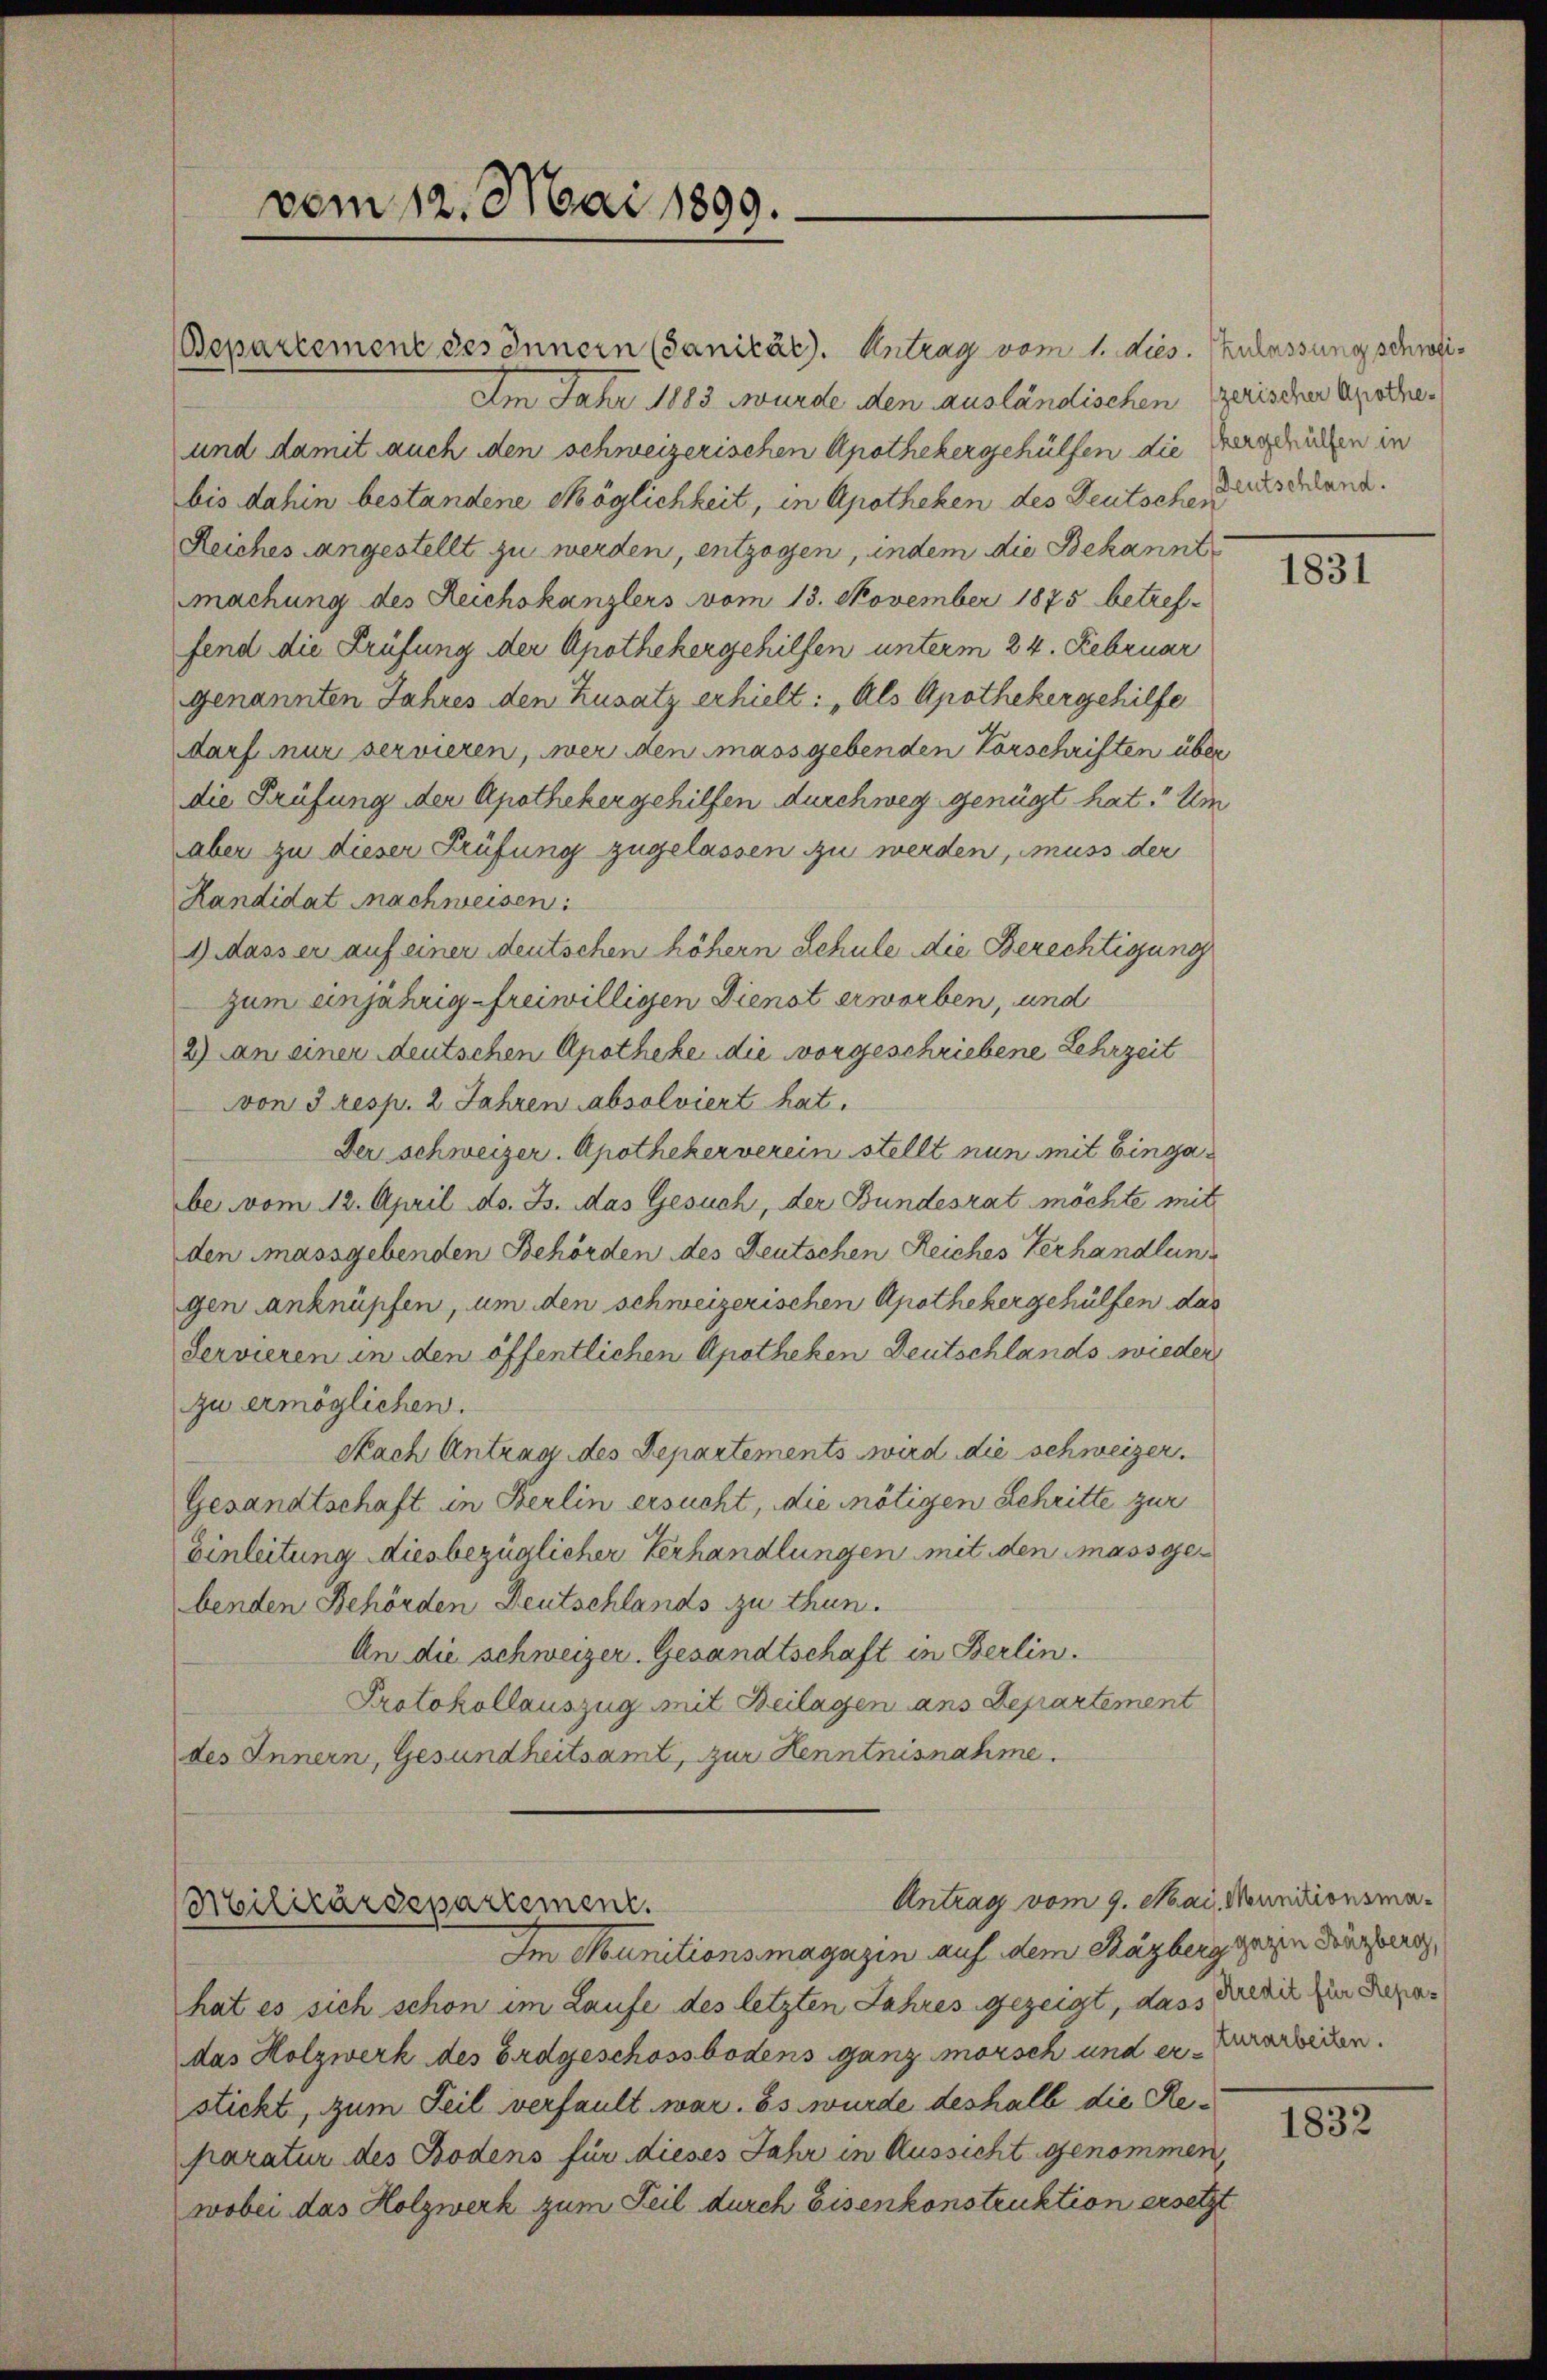
vom 12. Mai 1890.

Antrag vom 9. Mai, Munitionsma¬
Militärdepartement.

Bepartement des Innern (Sanität. Antrag vom 1. dies. zulassung schwei¬
Am Jahr 1883 wurde den ausländischen zerischer Apothe¬
und damit auch den schweizerischen Apothekergehülfen die Vergerücken in
bis dahin bestandene Möglichkeit, in Apotheken des Deutschen
Reiches angestellt zu werden, entzogen, indem die Bekannt
machung des Reichskanzlers vom 13. November 1875 betref-
fend die Prüfung der Apothekergehilfen unterm 24. Februar
genannten Jahres den Zusatz erhielt: „Als Apothekergehilfe
darf nur servieren, wer den massgebenden Vorschriften über
die Prüfung der Apothekergehilfen durchweg genügt hat. Um
aber zu dieser Prüfung zugelassen zu werden, muss der
Kandidat nachweisen:
1 Masser auf einer deutschen höhern Schule die Berechtigung
zum einjährig freiwilligen Dienst erworben, und
2) An einer deutschen Apotheke die vorgeschriebene Lehrzeit
von 3 resp. 2 Jahren absolviert hat.
Der schweizer. Apothekerverein stellt nun mit Eingabe vom 12. April ds. Js. das Gesuch, der Bundesrat möchte mit
den massgebenden Behörden des Deutschen Reiches Verhandlung
gen anknüpfen, um den schweizerischen Apothekergehülfen das
Servieren in den öffentlichen Apotheken Deutschlands wieder
zu ermöglichen.
Nach Antrag des Departements wird die schweizer.
Gesandtschaft in Berlin ersucht, die nötigen Schritte zur
Einleitung diesbezüglicher Verhandlungen mit den massgebenden Behörden Deutschlands zu thun.
An die schweizer. Gesandtschaft in Berlin.
Protokollauszug mit Beilagen ans Departement
des Innern, Gesundheitsamt, zur Henntnisnahme.

Im Munitionsmagazin auf dem Razberg gerin Dürzburg,
hat es sich schon im Laufe des letzten Jahres gezeigt, dass Kredit zur Depadas Holzwerk des Erdgeschossbodens ganz morsch und erstickt, zum Teil verfault war. Es wurde deshalb die Reparatur des Bodens für dieses Jahr in Aussicht genommen,
wobei das Holzwerk zum Teil durch Eisenkonstruktion ersetzt

Deutschland.

1831

turarbeiten.

1832